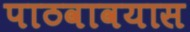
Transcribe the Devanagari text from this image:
पाठवावयास